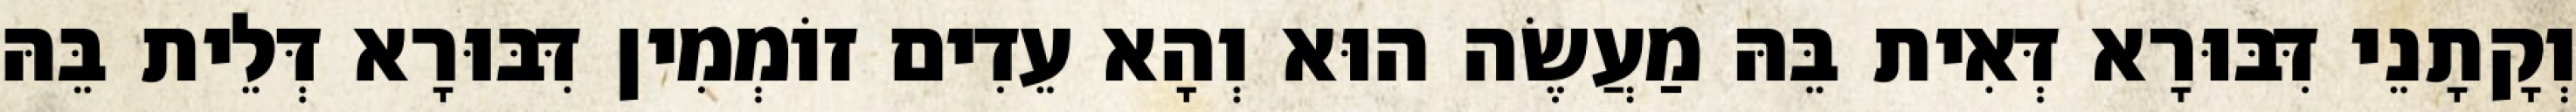
וְקָתָנֵי דִּבּוּרָא דְּאִית בֵּהּ מַעֲשֶׂה הוּא וְהָא עֵדִים זוֹמְמִין דִּבּוּרָא דְּלֵית בֵּהּ